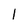
Character: l